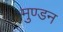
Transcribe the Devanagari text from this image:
मुण्डन